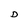
Character: D